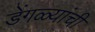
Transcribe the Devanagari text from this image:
डेंगळ्यांची